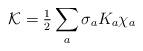
LaTeX: \begin{align*}{\cal K} = {\textstyle{1\over 2}} \sum_a \sigma_a K_a \chi_a\end{align*}